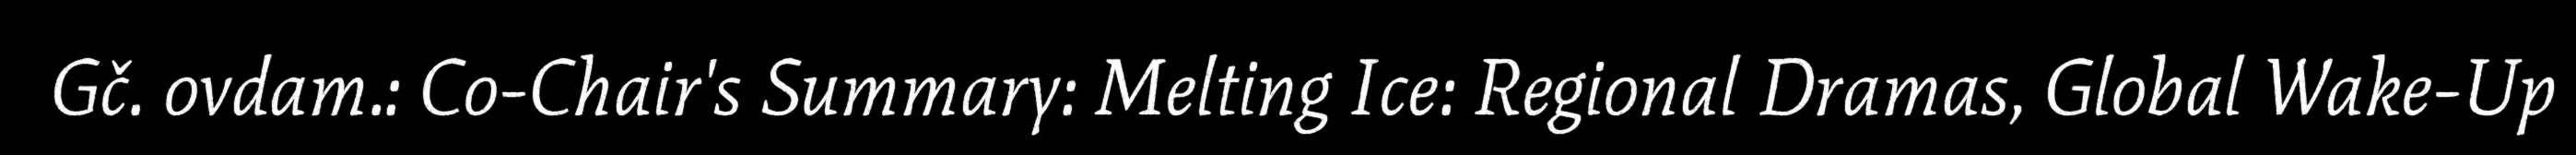
Gč. ovdam.: Co-Chair's Summary: Melting Ice: Regional Dramas, Global Wake-Up